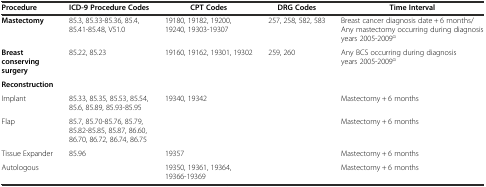
| Procedure | ICD-9 Procedure Codes | CPT Codes | DRG Codes | Time Interval |
 | --- | --- | --- | --- | --- |
 | Mastectomy | 85.3, 85.33-85.36, 85.4, 85.41-85.48, V51.0 | 19180, 19182, 19200, 19240, 19303-19307 | 257, 258, 582, 583 | Breast cancer diagnosis date + 6 months/Any mastectomy occurring during diagnosis years 2005-2009α |
 | Breast conserving surgery | 85.22, 85.23 | 19160, 19162, 19301, 19302 | 259, 260 | Any BCS occurring during diagnosis years 2005-2009α |
 | Reconstruction |  |  |  |  |
 | Implant | 85.33, 85.35, 85.53, 85.54, 85.6, 85.89, 85.93-85.95 | 19340, 19342 |  | Mastectomy + 6 months |
 | Flap | 85.7, 85.70-85.76, 85.79, 85.82-85.85, 85.87, 86.60, 86.70, 86.72, 86.74, 86.75 |  |  | Mastectomy + 6 months |
 | Tissue Expander | 85.96 | 19357 |  | Mastectomy + 6 months |
 | Autologous |  | 19350, 19361, 19364, 19366-19369 |  | Mastectomy + 6 months |